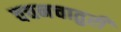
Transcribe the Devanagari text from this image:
वचनचातुरी